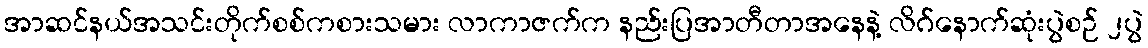
အာဆင်နယ်အသင်းတိုက်စစ်ကစားသမား လာကာဇက်က နည်းပြအာတီတာအနေနဲ့ လိဂ်နောက်ဆုံးပွဲစဉ် ၂ပွဲ